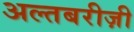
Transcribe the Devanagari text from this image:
अल्तबरीज़ी